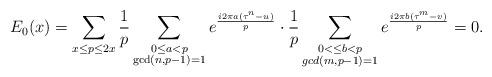
LaTeX: \begin{align*}E_0(x)=\sum_{x\leq p\leq 2x} \frac{1}{p}\sum_{\substack{0\leq a< p\\\gcd(n,p-1)=1}}e^{\frac{i2\pi a(\tau^{n}-u)}{p}} \cdot \frac{1}{p} \sum_{\substack{0<\leq b< p\\gcd(m,p-1)=1}}e^{\frac{i2\pi b(\tau^{m}-v)}{p}}=0.\end{align*}